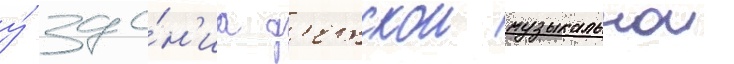
у́ зда́н'иа д'етскои музыкальнои